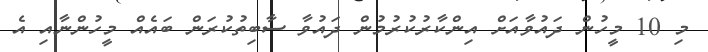
މި 10 މީހުން ދައުވާއަށް އިންކާރުކުރުމުން ދައުވާ ސާބިތުކުރަން ބައެއް މީހުންނާއި އެ